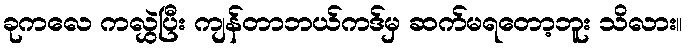
ခုကလေ ကလွှဲပြီး ကျန်တာဘယ်ကဒ်မှ ဆက်မရတော့ဘူး သိလား။